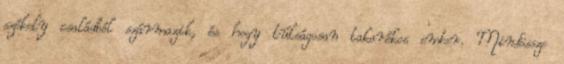
székely családból származik, és hogy túlságosan takarékos ember. Mindössze